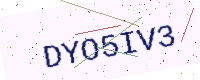
Text: DYO5IV3